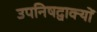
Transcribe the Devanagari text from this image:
उपनिषद्वाक्यों